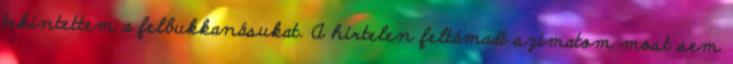
tekintettem a felbukka­násukat. A hir­te­len feltámadt szimatom most sem